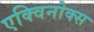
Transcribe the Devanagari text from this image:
एक्विनोक्स